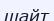
шайт